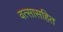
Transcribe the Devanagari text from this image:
वत्सासहित